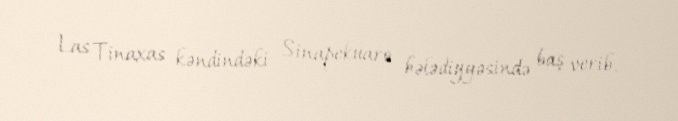
Las Tinaxas kəndindəki Sinapekuaro bələdiyyəsində baş verib.